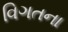
વિગતના